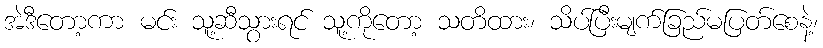
အဲဒီတော့ကာ မင်း သူ့ဆီသွားရင် သူ့ကိုတော့ သတိထား၊ သိပ်ပြီးမျက်ခြည်မပြတ်စေနဲ့၊